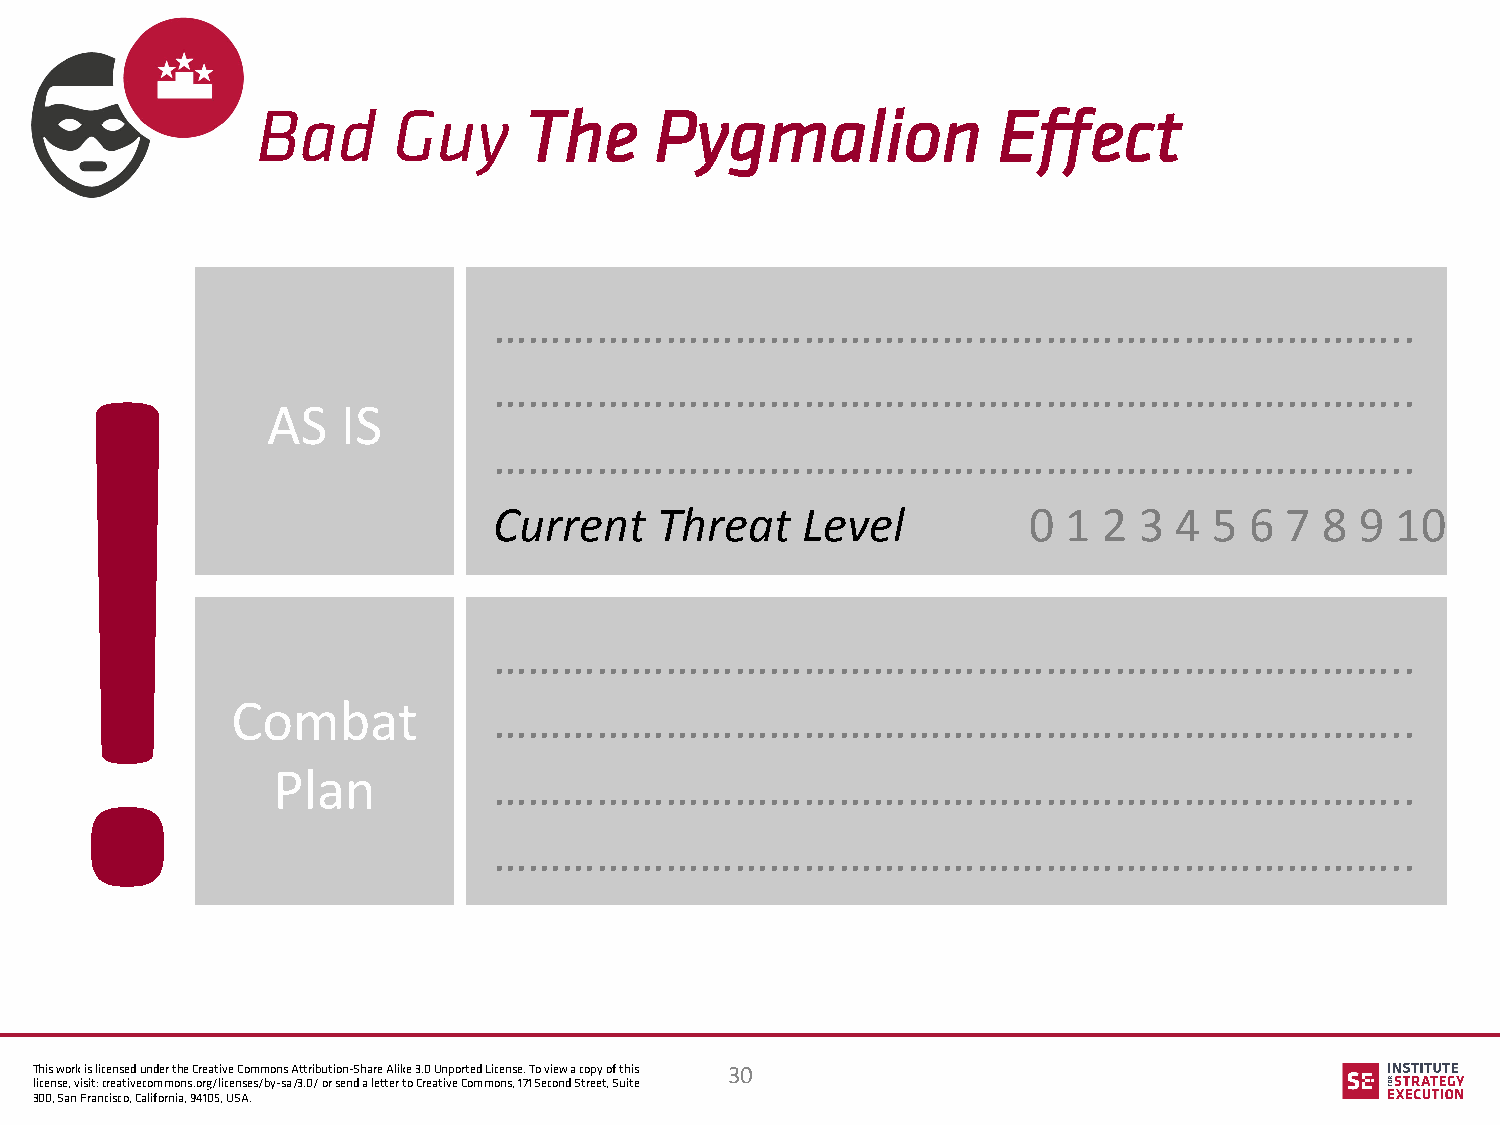
Bad      Guy      The     Pygmalion              Effect
 ……………………………………………………………………..
 !
 ……………………………………………………………………..
 AS   IS
 ……………………………………………………………………..
 Current    Threat   Level          0  1 2 3  4 5  6 7  8 9 10
 ……………………………………………………………………..
 Combat            ……………………………………………………………………..
 Plan           ……………………………………………………………………..
 ……………………………………………………………………..
 This work is licensed under the Creative Commons Attribution-Share Alike 3.0 Unported License. To view a copy of this 30
 license, visit: creativecommons.org/licenses/by-sa/3.0/ or send a letter to Creative Commons, 171 Second Street, Suite
 300, San Francisco, California, 94105, USA.